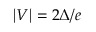
| V | = 2 \Delta / e